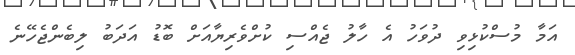
އަމާ މުސްކުޅިވި ދުވަހު އެ ހާލު ޖެއްސި ކުށްވެރިޔާއަށް ބޮޑު އަދަބު ލިބެންޖެހޭނެ